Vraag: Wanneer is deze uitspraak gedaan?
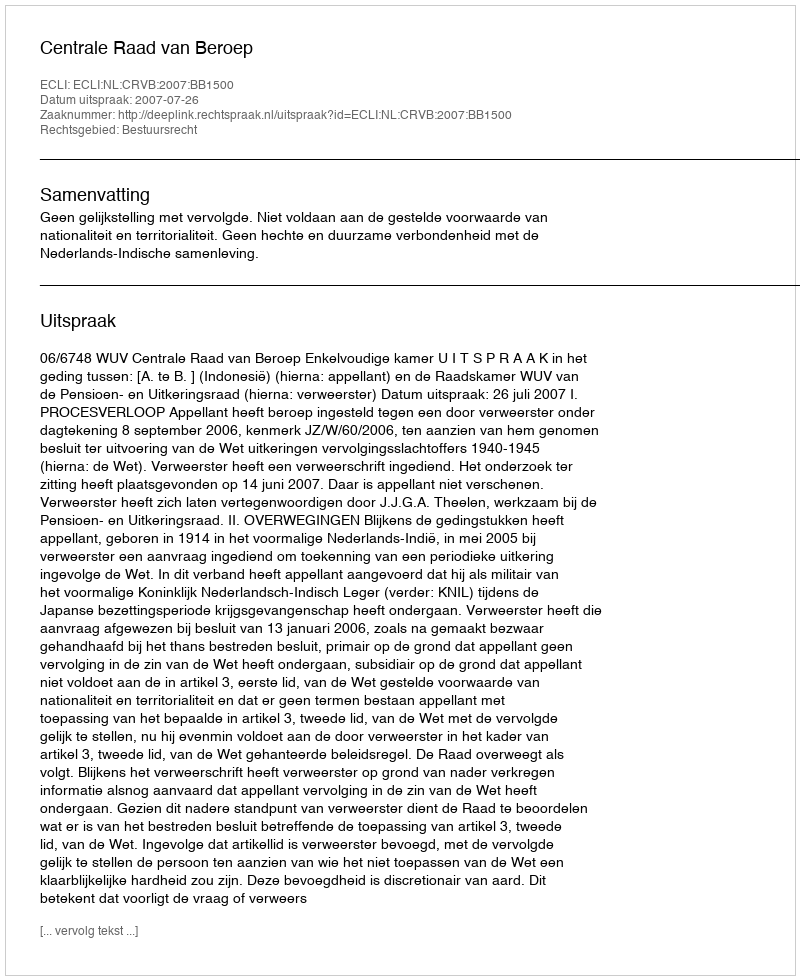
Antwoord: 2007-07-26